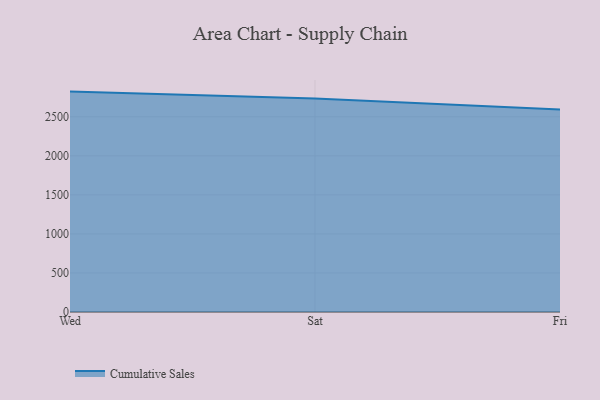
{"axis": {"x": "Day", "y": "Operating Costs (USD K)"}, "legend": ["Cumulative Sales"], "data": [{"x": "Wed", "y": 2823.0, "type": "Cumulative Sales"}, {"x": "Sat", "y": 2734.8, "type": "Cumulative Sales"}, {"x": "Fri", "y": 2594.0, "type": "Cumulative Sales"}]}